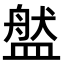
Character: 𥂐